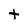
Character: t